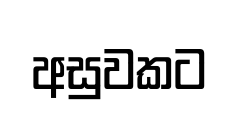
අසුවකට